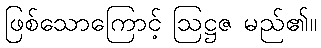
ဖြစ်သောကြောင့် ဩဋ္ဌဇ မည်၏။